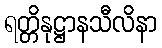
ရတ္တိနုဋ္ဌာနသီလိနာ